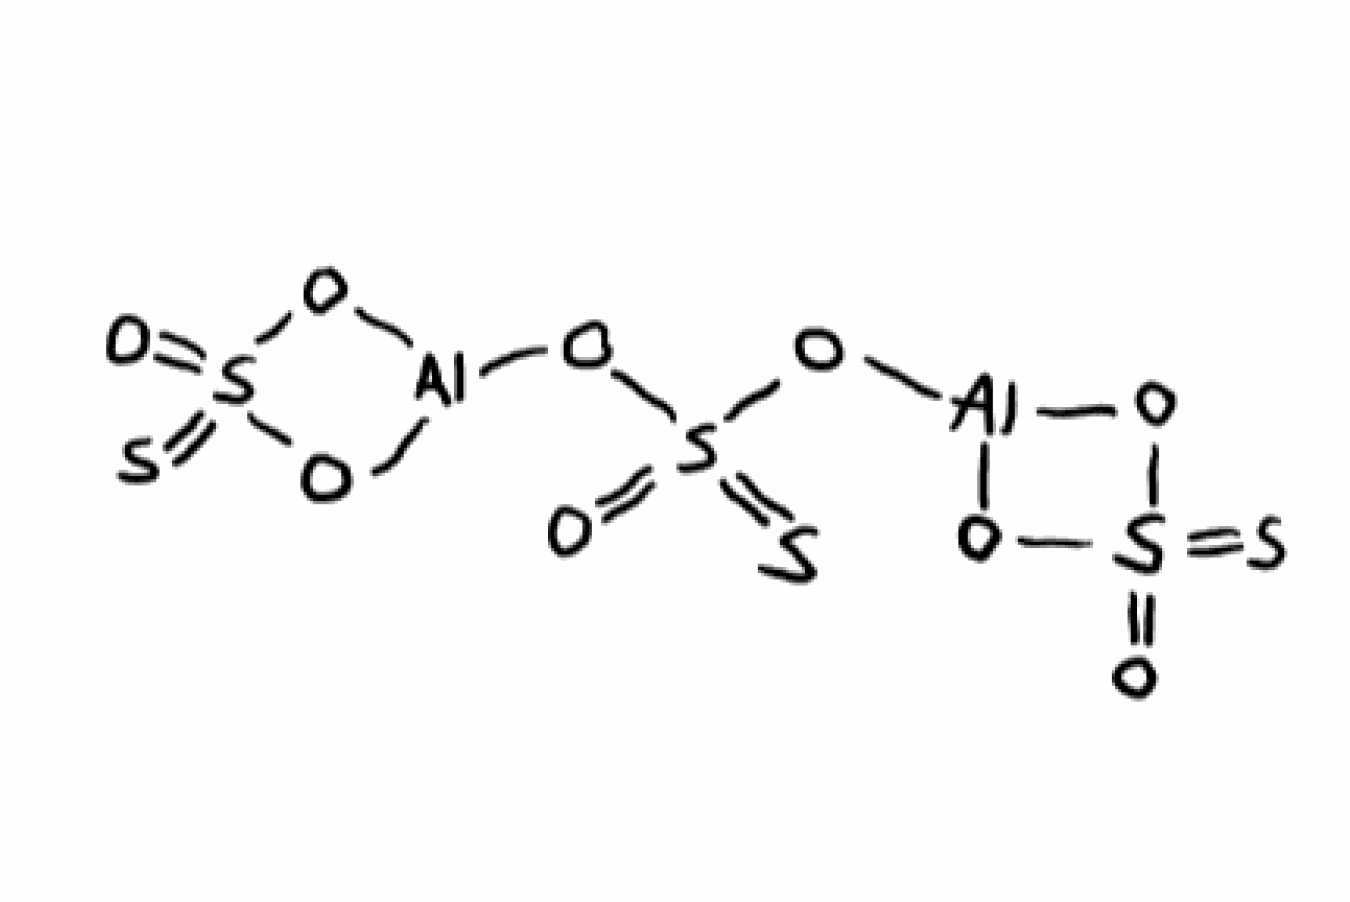
Simplified molecular-input line-entry system (SMILES) notation of the given molecule:
O=S1(=S)O[Al](O1)OS(=O)(=S)O[Al]2OS(=O)(=S)O2